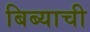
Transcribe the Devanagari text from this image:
बिब्याची